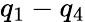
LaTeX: q_{1}-q_{4}